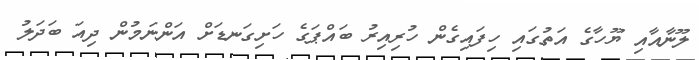
ލޫނާއާއި ޔޫހާގެ އަތުގައި ހިފައިގެން ހުރިއިރު ބައްޕަގެ ހަށިގަނޑަށް އަންނަމުން ދިއަ ބަދަލު